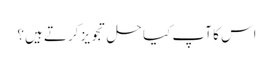
اس کا آپ کیا حل تجویز کرتے ہیں؟